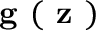
\textbf { g } ( \textbf { z } )